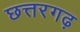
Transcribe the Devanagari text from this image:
छत्तरगढ़